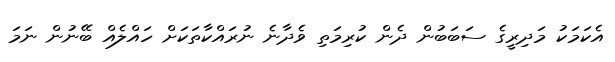
އެކަމަކު މަދިރީގެ ސަބަބުން ދެން ކުރިމަތި ވެދާނެ ނުރައްކާތަކަށް ހައްލެއް ބޭނުން ނަމަ